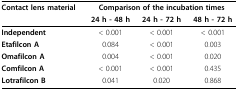
| Contact lens material | <COLSPAN=3> Comparison of the incubation times |
 |  | 24 h - 48 h | 24 h - 72 h | 48 h - 72 h |
 | --- | --- | --- | --- |
 | Independent | < 0.001 | < 0.001 | < 0.001 |
 | Etafilcon A | 0.084 | < 0.001 | 0.003 |
 | Omafilcon A | 0.004 | < 0.001 | 0.020 |
 | Comfilcon A | < 0.001 | < 0.001 | 0.435 |
 | Lotrafilcon B | 0.041 | 0.020 | 0.868 |